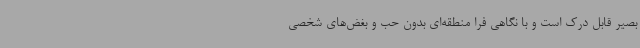
بصیر قابل درک است و با نگاهی فرا منطقه‌ای بدون حب و بغض‌های شخصی